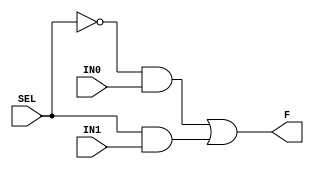
module MUX
( 
  IN0, 
  IN1,
  SEL, 
  F 
);

  input IN0, IN1, SEL;
  output F;

  assign F  = (~SEL&IN0)|(SEL&IN1);

endmodule